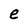
Character: e